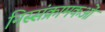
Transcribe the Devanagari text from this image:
निस्संक्रामकओं